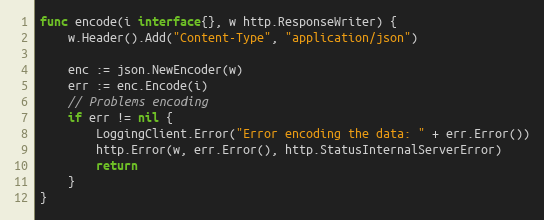
Language: Go
func encode(i interface{}, w http.ResponseWriter) {
	w.Header().Add("Content-Type", "application/json")

	enc := json.NewEncoder(w)
	err := enc.Encode(i)
	// Problems encoding
	if err != nil {
		LoggingClient.Error("Error encoding the data: " + err.Error())
		http.Error(w, err.Error(), http.StatusInternalServerError)
		return
	}
}